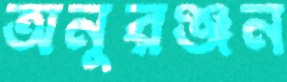
অনুরঞ্জন